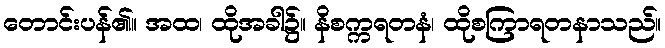
တောင်းပန်၏။ အထ၊ ထိုအခါ၌။ နိစက္ကရတနံ၊ ထိုစကြာရတနာသည်။